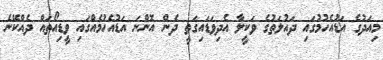
މިއަދުގެ އަޑުއެހުމުގައި ދައުލަތުގެ ވަކީލާ އެދިވަޑައިގަތީ ދެން އޮންނަ އަޑުއެހުމެއްގައި ވީޑިއޯތައް ދެއްކޭނެ